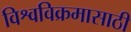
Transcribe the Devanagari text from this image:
विश्वविक्रमासाठी